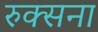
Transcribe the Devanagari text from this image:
रुक्सना